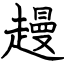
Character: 䟂